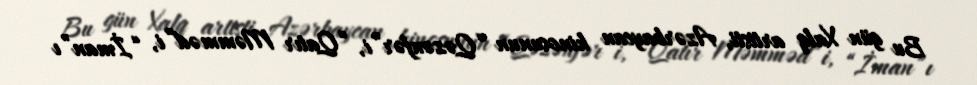
Bu gün Xalq artisti, Azərbaycan kinosunun “Qəzənfər”i, “Qatır Məmməd”i, “İman”ı